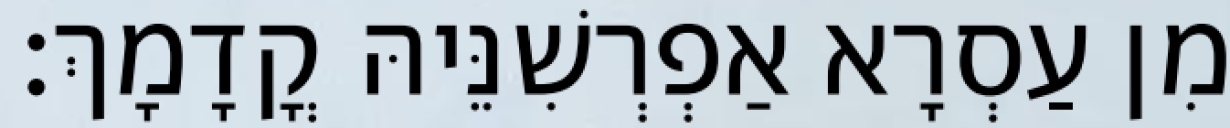
מִן עַסְרָא אַפְרְשִׁנֵּיהּ קֳדָמָךְ׃